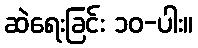
ဆဲရေးခြင်း ၁၀-ပါး။